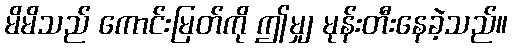
မိမိသည် ကောင်းမြတ်ကို ဤမျှ မုန်းတီးနေခဲ့သည်။